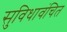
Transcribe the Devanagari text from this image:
सुविधावंचित